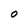
Character: O